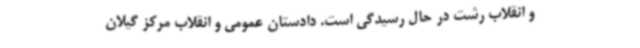
و انقلاب رشت در حال رسیدگی است. دادستان عمومی و انقلاب مرکز گیلان